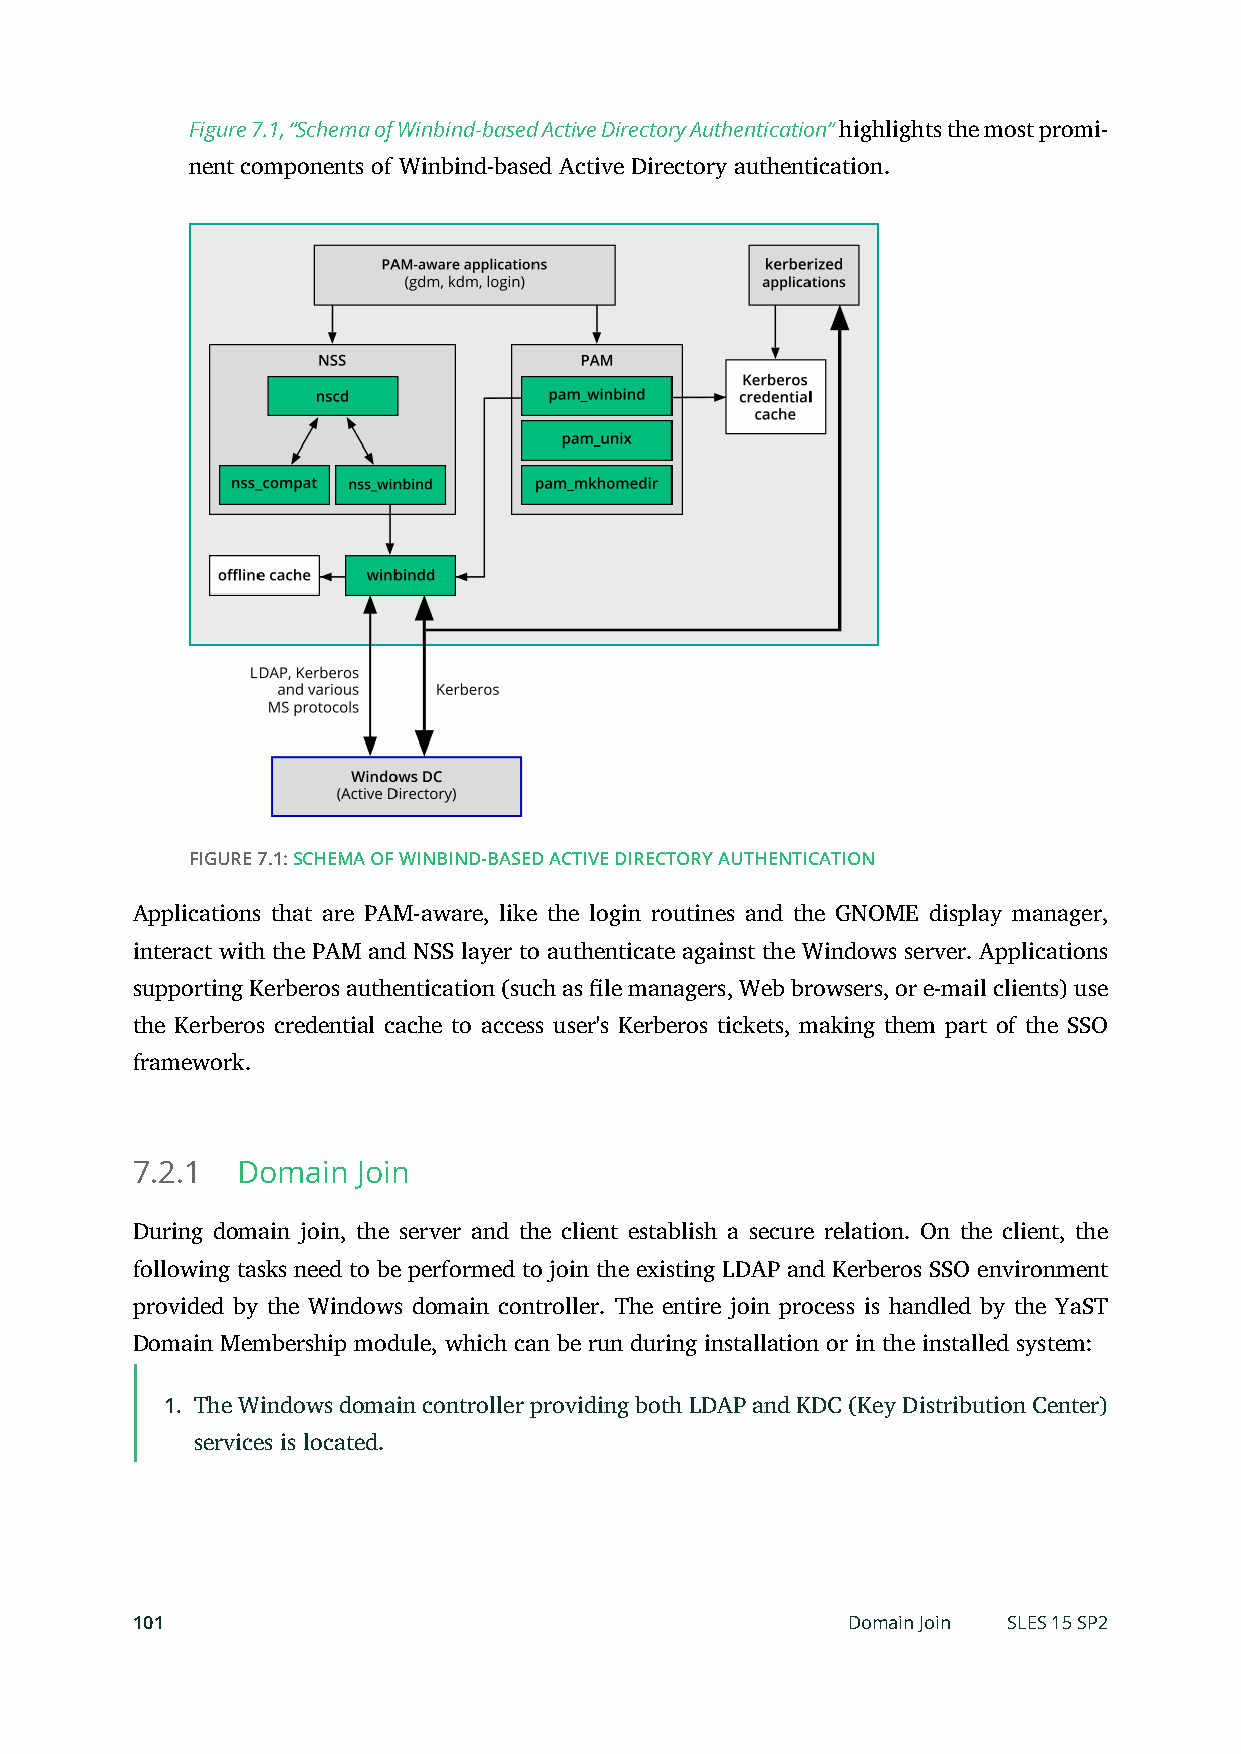
Figure 7.1, “Schema of Winbind-based Active Directory Authentication” highlights the most promi-
 nent components of Winbind-based Active Directory authentication.
 FIGURE 7.1: SCHEMA OF WINBIND-BASED ACTIVE DIRECTORY AUTHENTICATION
 Applications that are PAM-aware, like the login routines and the GNOME display manager,
 interact with the PAM and NSS layer to authenticate against the Windows server. Applications
 supporting Kerberos authentication (such as le managers, Web browsers, or e-mail clients) use
 the Kerberos credential cache to access user's Kerberos tickets, making them part of the SSO
 framework.
 7.2.1  Domain  Join
 During domain join, the server and the client establish a secure relation. On the client, the
 following tasks need to be performed to join the existing LDAP and Kerberos SSO environment
 provided by the Windows domain controller. The entire join process is handled by the YaST
 Domain Membership module, which can be run during installation or in the installed system:
 1. The Windows domain controller providing both LDAP and KDC (Key Distribution Center)
 services is located.
 101                                            Domain Join SLES 15 SP2